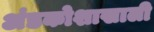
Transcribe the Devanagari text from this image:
अंडकोशाखाली